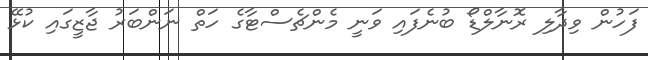
ފަހުން ވިދާލި ރޮނާލްޑޯ ބުނެފައި ވަނީ މެންޗެސްޓާގެ ހަތް ނަންބަރު ޖާޒީގައި ކުޅޭ